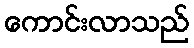
ကောင်းလာသည်